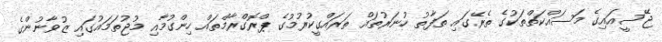
ޖޭސީއައިގެ މަސައްކަތްތަކުގެ ތެރޭގައި ތަފާތު ހުނަރުތައް ތަރައްގީކުރުމުގެ ޕްރޮގްރާމްތައް ހިންގުމާއި މުޖުތަމައުގައި ޒުވާނުންގެ